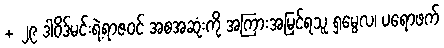
+ ၂၉ ဒါဝိဒ်မင်းရဲ့ရာဇဝင် အစအဆုံးကို အကြားအမြင်ရသူ ရှမွေလ၊ ပရောဖက်